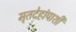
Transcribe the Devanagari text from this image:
मृतदेहांपाशी